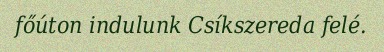
főúton indulunk Csíkszereda felé.